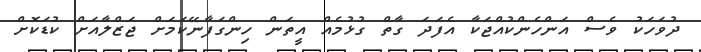
ދުވަހަކު ވެސް އަންހެންކުއްޖަކާ އެފަދަ ގާތް ގުޅުމެއް އީތަން ހިންގަފާނޭކަމަށް ޖަޒްލާއަށް ކުޑަކޮށް